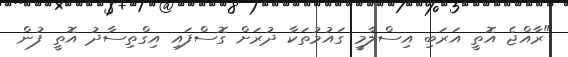
"ރާއްޖެ އޮތީ އަރަބި އިސްލާމީ ގައުމުތަކާ ދުރަށް ގޮސްފައި އިގްތިސާދު އޮތީ ފުން